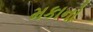
મકાનો